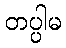
တပ္ပါမ